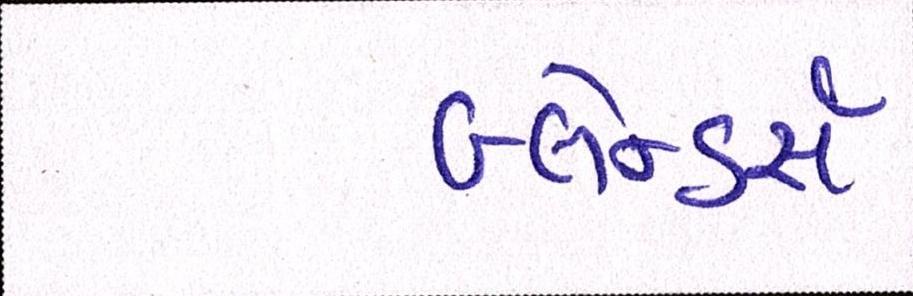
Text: બ્લેન્ડર્સ